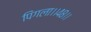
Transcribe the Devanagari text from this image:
पिंगला।।४८।।